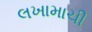
લખામાચી